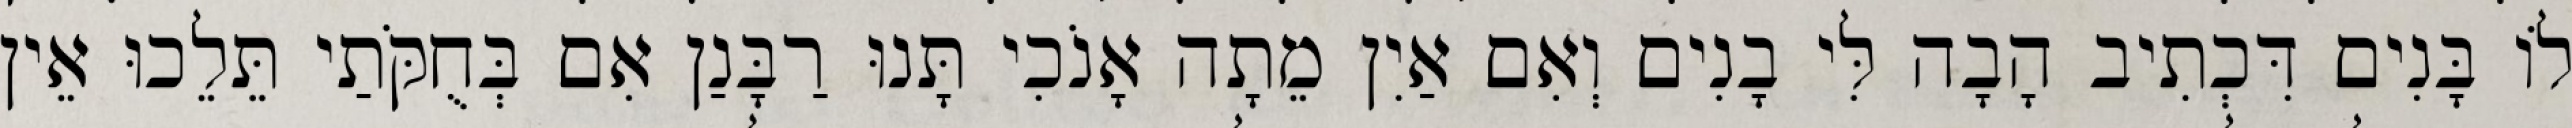
לוֹ בָּנִים דִּכְתִיב הָבָה לִּי בָנִים וְאִם אַיִן מֵתָה אָנֹכִי תָּנוּ רַבָּנַן אִם בְּחֻקֹּתַי תֵּלֵכוּ אֵין